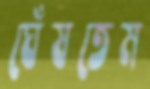
ঘেঁষতেম